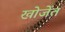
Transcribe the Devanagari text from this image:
खोजेंत